Papers set at the Examination for Leaving Certificates, 1893
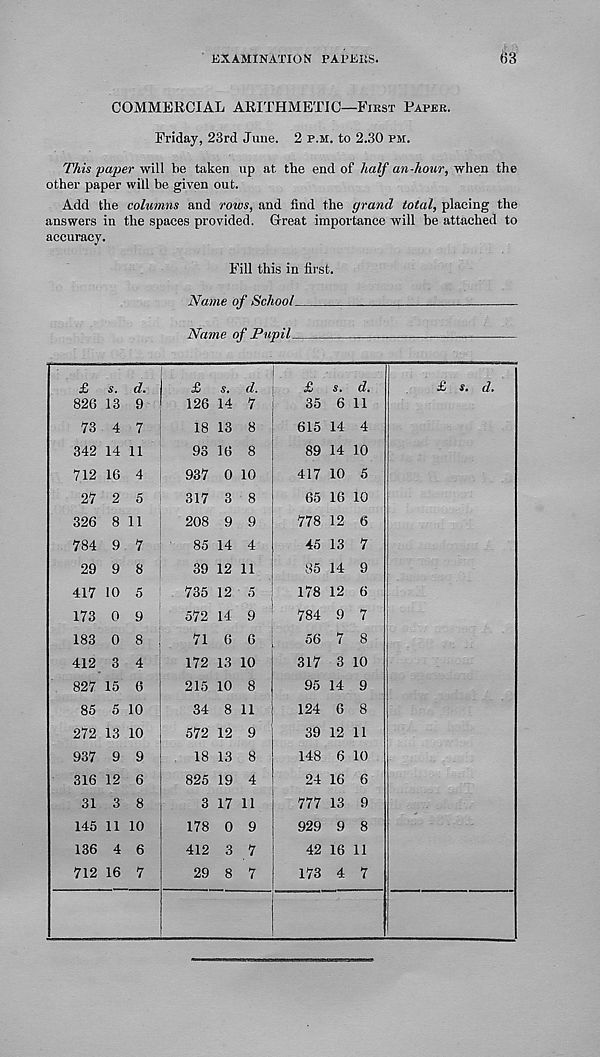
EXAMINATION PAPEIiS.
f)3
COMMERCIAL ARITHMETIC—First Paper.
Friday, 23rd June. 2 p.m. to 2.30 pm.
This 'paper will be taken up at the end of half an-hour, when the
other paper will be given out.
Add the columns and rows, and find the grand total, placing the
answers in the spaces provided. Great importance will be attached to
accuracy.
Fill this in first.
Name of School.
Name of Pupil